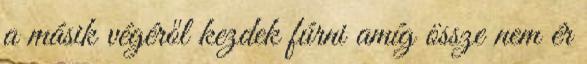
a másik végéről kezdek fúrni amíg össze nem ér